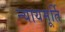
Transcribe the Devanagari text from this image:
न्‍यायमूर्ति